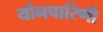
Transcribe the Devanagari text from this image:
यौनचारिणी